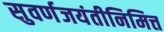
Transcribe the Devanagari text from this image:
सुवर्णजयंतीनिमित्त